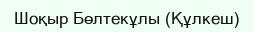
Шоқыр Бөлтекұлы (Құлкеш)